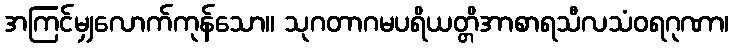
အကြင်မျှလောက်ကုန်သော။ သုဂတာဂမပရိယတ္တိအာစာရသီလသံဝရဂုဏာ၊